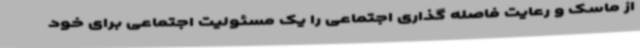
از ماسک و رعایت فاصله گذاری اجتماعی را یک مسئولیت اجتماعی برای خود